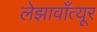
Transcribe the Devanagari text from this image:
लेझावाँत्यूर